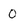
Character: 0